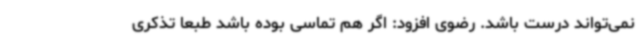
نمی‌تواند درست باشد. رضوی افزود: اگر هم تماسی بوده باشد طبعا تذکری